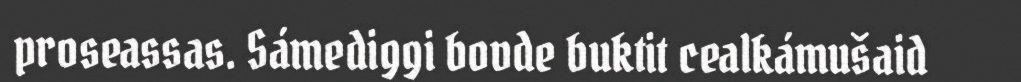
proseassas. Sámediggi bovde buktit cealkámušaid